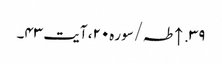
۳۹. ↑ طہ/سوره۲۰، آیت ۴۳۔